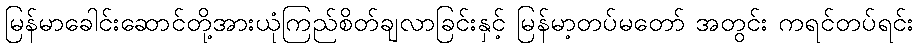
မြန်မာခေါင်းဆောင်တို့အားယုံကြည်စိတ်ချလာခြင်းနှင့် မြန်မာ့တပ်မတော် အတွင်း ကရင်တပ်ရင်း